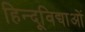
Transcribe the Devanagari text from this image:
हिन्दूविद्याओं